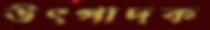
উৎপাদক